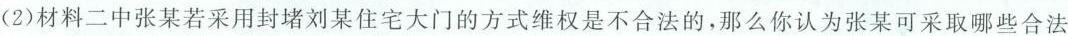
(2)材料二中张某若采用封堵刘某住宅大门的方式维权是不合法的，那么你认为张某可采取哪些合法